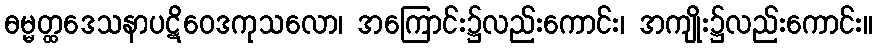
ဓမ္မတ္ထဒေသနာပဋိဝေဒကုသလော၊ အကြောင်း၌လည်းကောင်း၊ အကျိုး၌လည်းကောင်း။